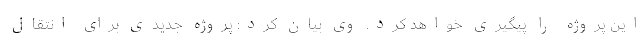
این پروژه را پیگیری خواهد کرد. وی بیان کرد: پروژه جدیدی برای انتقال